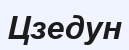
Цзедун